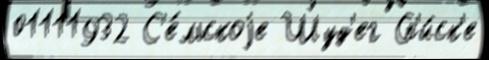
01111932 С'е́льскоjе Шуд'ег Сп'и́ск'е